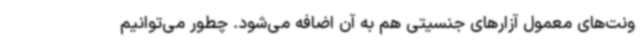
ونت‌های معمول آزارهای جنسیتی هم به آن اضافه می‌شود. چطور می‌توانیم